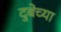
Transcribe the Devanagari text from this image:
दुबेच्या